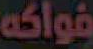
فواكه